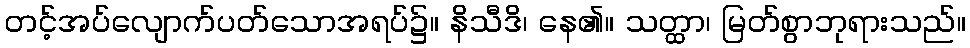
တင့်အပ်လျောက်ပတ်သောအရပ်၌။ နိသီဒိ၊ နေ၏။ သတ္ထာ၊ မြတ်စွာဘုရားသည်။